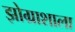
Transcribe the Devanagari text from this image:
झोग्राशाला